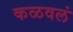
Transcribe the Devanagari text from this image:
कळवलं